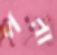
পরা